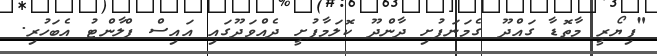
"ފިޔޯރީ މާތޮޑާ ގައްދޫ ގެމަނަފުށި ދާންދޫ ކޮލަމާފުށީ ދެއްވަދޫގައި އައިސް ޕްލާންޓު އެބަހުރި.